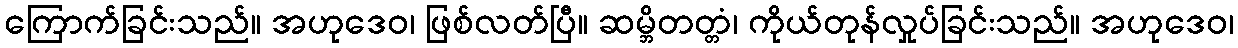
ကြောက်ခြင်းသည်။ အဟုဒေဝ၊ ဖြစ်လတ်ပြီ။ ဆမ္ဘိတတ္တံ၊ ကိုယ်တုန်လှုပ်ခြင်းသည်။ အဟုဒေဝ၊